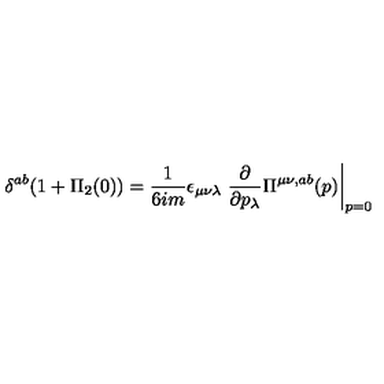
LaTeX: \delta ^ { a b } ( 1 + \Pi _ { 2 } ( 0 ) ) = { \frac { 1 } { 6 i m } } \epsilon _ { \mu \nu \lambda } \left. { \frac { \partial } { \partial p _ { \lambda } } } \Pi ^ { \mu \nu , a b } ( p ) \right| _ { p = 0 }